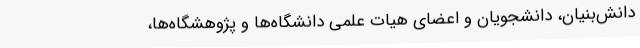
دانش‌بنیان، دانشجویان و اعضای هیات علمی دانشگاه‌ها و پژوهشگاه‌ها،